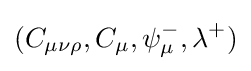
(C_{\mu \nu \rho },C_{\mu },\psi _{\mu }^{-},\lambda ^{+})